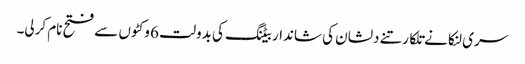
سری لنکا نے تلکارتنے دلشان کی شاندار بیٹنگ کی بدولت 6 وکٹوں سے فتح نام کرلی۔